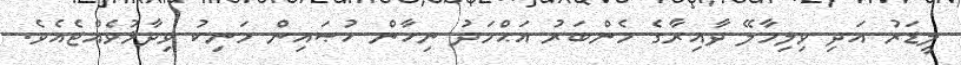
ލީޑަރު އަދި ވިލިމާލޭ ދާއިރާގެ މެންބަރު އަޙްމަދު ނިހާން ހުޞައިން މަނިކު ވިދާޅުވެއްޖެއެވެ.